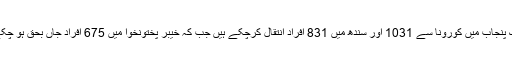
اب تک پنجاب میں کورونا سے 1031 اور سندھ میں 831 افراد انتقال کرچکے ہیں جب کہ خیبر پختونخوا میں 675 افراد جاں بحق ہو چکے ہیں۔